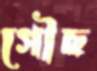
গৌছ